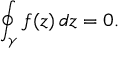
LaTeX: \oint _ { \gamma } f ( z ) \, d z = 0 .